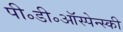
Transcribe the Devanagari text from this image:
पी॰डी॰ऑस्पेन्स्की